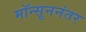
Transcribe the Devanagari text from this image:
मॉन्सूननंतर